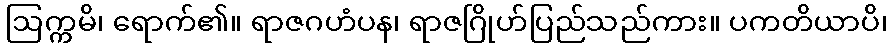
ဩက္ကမိ၊ ရောက်၏။ ရာဇဂဟံပန၊ ရာဇဂြိုဟ်ပြည်သည်ကား။ ပကတိယာပိ၊